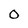
Character: 0